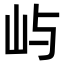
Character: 屿